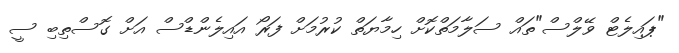
"ޕައިލެޓް ވޭލްސް"ތައް ސަލާމަތްކޮށް ހިމާޔަތް ކުރުމަށް ފަރޯ އައިލެންޑްސް އަށް ގޮސްތިބި ސީ